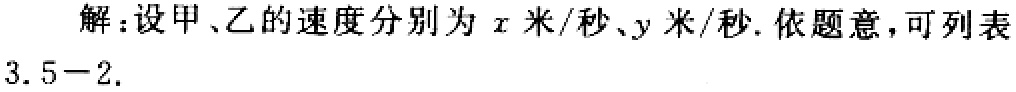
解：设甲、乙的速度分别为\(x\)米/秒、\(y\)米/秒. 依题意，可列表
3.5－2.